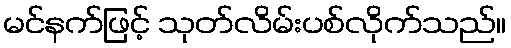
မင်နက်ဖြင့် သုတ်လိမ်းပစ်လိုက်သည်။